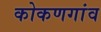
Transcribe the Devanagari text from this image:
कोकणगांव